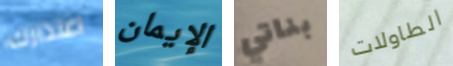
اعتذارك الإيمان بناتي الطاولات